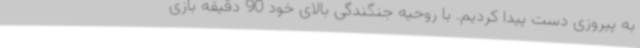
به پیروزی دست پیدا کردیم. با روحیه جنگندگی بالای خود 90 دقیقه بازی